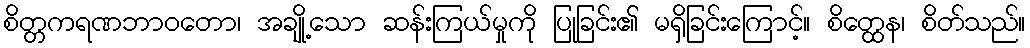
စိတ္တကရဏဘာဝတော၊ အချို့သော ဆန်းကြယ်မှုကို ပြုခြင်း၏ မရှိခြင်းကြောင့်။ စိတ္ထေန၊ စိတ်သည်။